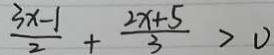
\frac { 3 x - 1 } { 2 } + \frac { 2 x + 5 } { 3 } > 0